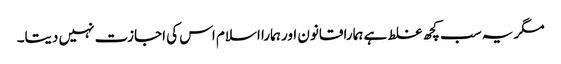
مگر یہ سب کچھ غلط ہے ہمارا قانون اور ہمارا اسلام اس کی اجازت نہیں دیتا۔